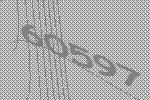
60597